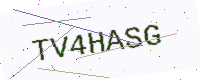
Text: TV4HASG